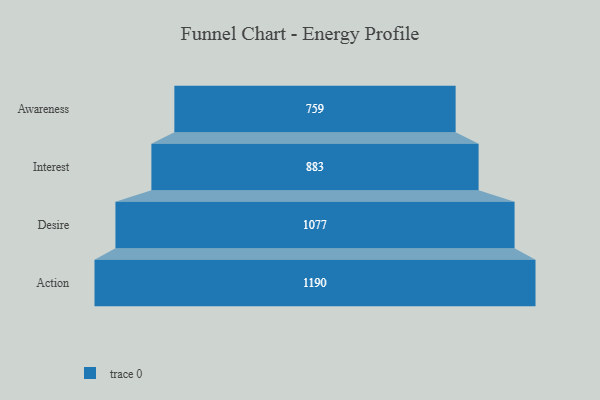
{"axis": {"x": "Stage", "y": "Value"}, "legend": [""], "data": [{"x": "Awareness", "y": 759.0, "type": ""}, {"x": "Interest", "y": 883.0, "type": ""}, {"x": "Desire", "y": 1077.0, "type": ""}, {"x": "Action", "y": 1190.0, "type": ""}]}